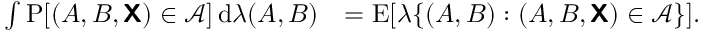
\begin{array} { r l } { \int \operatorname { P } [ ( { \boldsymbol { A } } , { \boldsymbol { B } } , { \boldsymbol { \mathsf { X } } } ) \in \mathcal { A } ] \, \mathrm d \lambda ( { \boldsymbol { A } } , { \boldsymbol { B } } ) } & { = \operatorname { E } [ \lambda \{ ( { \boldsymbol { A } } , { \boldsymbol { B } } ) : ( { \boldsymbol { A } } , { \boldsymbol { B } } , { \boldsymbol { \mathsf { X } } } ) \in \mathcal { A } \} ] . } \end{array}